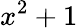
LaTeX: x^{2}+1